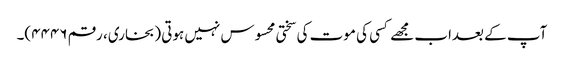
آپ کے بعداب مجھے کسی کی موت کی سختی محسوس نہیں ہوتی (بخاری، رقم ۴۴۴۶)۔